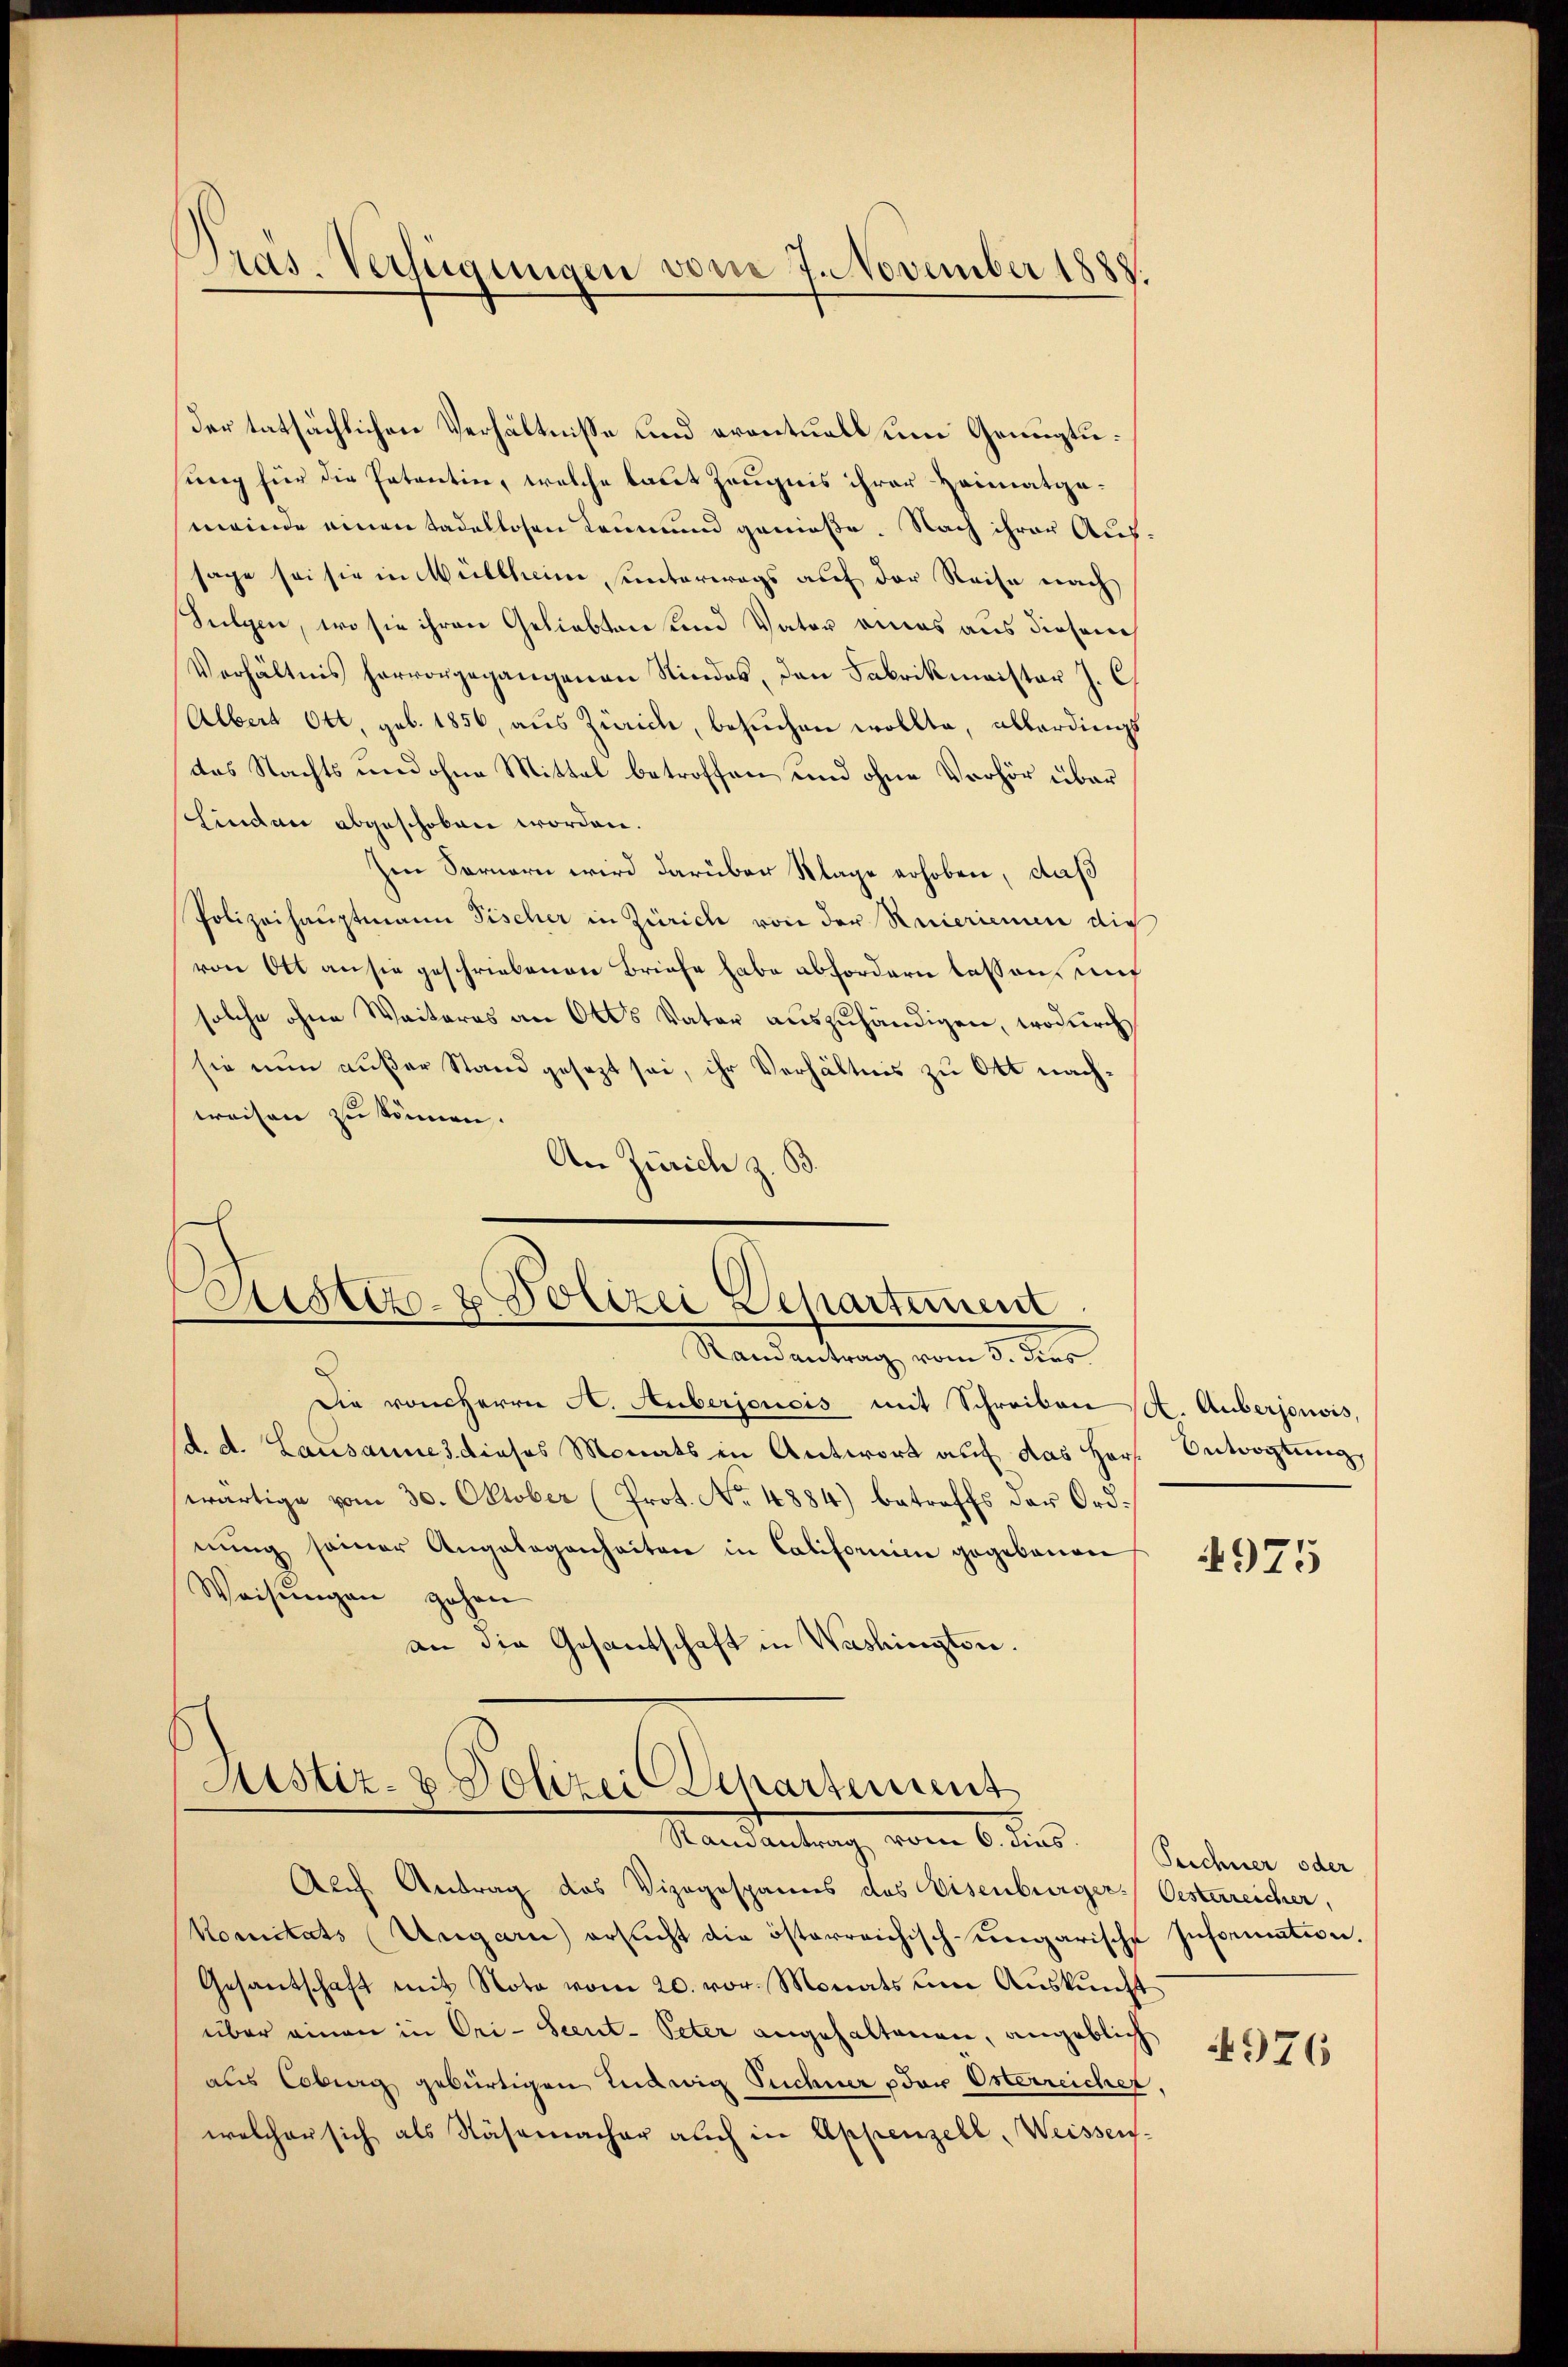
Pas. Verfügungen vom 7. November 1888.

der tatsächlichen Verhältnisse und eventuell um Genügtuung für die Patentin, welche laut Zeugnis ihrer Heimatga-
meinde einen tadellosen Leumund genieße. Nach ihrer Aussage sei sie in Müllheim unterwegs auf der Reise nach
Sulgen, wo sie ihren Geliebten und Vater eines aus diesen
Verhältnis hervorgegangenen Rindes, den Fabrikmaistor J. C
Albert Ott, geb. 1856, aus Zürich, besuchen wollte, allerdings
das Nachts und ohne Mittel betroffen und ohne Verhör über
Lindau abgeschoben worden.
Im Sornern wird darüber Klage erhoben, daß
Polizeihauptmann Fischer in Zürich von der Regieriennen die
von Ott an sie geschriebenen Briefe habe abfordern lassen, und
solche ohne Weiteres an 6000 Vater aŭszŭhändigen, wodurch
sie nun außer Stand gesezt sei, ihr Verhältnis zu Ott nachweisen zu können.
An Zürich z. B.

Custiz- & Polizei Departement
Randantrag vom 3. dies

Mistiz- & Polizei Departement
Mandantung, vom 6. dies

Die von Herrn A. Auberjoucis mit Schreiben (S. Auberjonois,
d. d. Lausannes dieses Monats in Antwort auf das Hors Entvogtung
wärtige vom 30. Oktober (Prot. No. 4884) betreffs der Ordnŭng seiner Angelegenheiten in Californien gegebenen
Weisungen gehen
an die Gesandschaft in Washingten.

Auch Antrag das Vizogospanns des Eisenburger Oesterreicher,
Komitats (Ungarn ersucht die österreichisch-ungarische Information,
Gesandschaft mit Nota vom 20. vor. Monats um Auskunft
über einen in Ori-Scent-Peter angehaltenen, angeblich
aus Coburg gebürtigen Ludwig Schner oder Osterreicher
welcher sich als Näsemacher auch in Appenzell, Weissen-

4975

Techner oder

4976